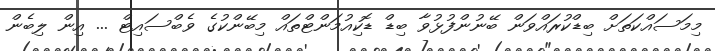
މިމަސައްކަތަށް ބިޑްކުރައްވަން ބޭނުންފުޅުވާ ބިޑް ޑޮކިއުމަންޓްތައް މިބޭންކުގެ ވެބްސައިޓް ... އިން ލިބެން